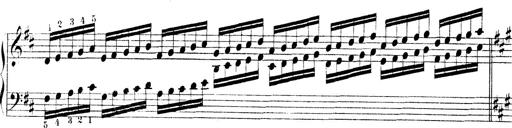
Title: Technische Studien
Composer: Franz Liszt